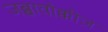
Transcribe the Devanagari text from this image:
जब्बावोक्कीज़